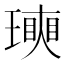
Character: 𤩵